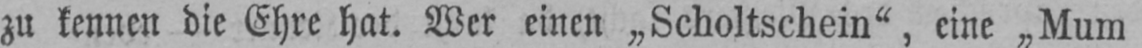
zu kennen die Ehre hat. Wer einen „Scholtschein“, eine „Mum